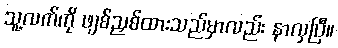
သူ့လက်ကို ဖျစ်ညှစ်ထားသည်မှာလည်း နာလှပြီ။